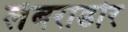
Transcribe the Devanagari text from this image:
लैबराडोर